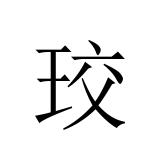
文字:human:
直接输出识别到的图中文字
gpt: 珓